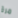
مرة